system: You are a helpful assistant.
user:
Analyze the provided spectrum to determine if it is a **Carbon Star (C-type)**.

- **Key Visual Indicators of Carbon Star:**
    - **(Primary):** Strong molecular absorption from **C₂ (diatomic carbon) "Swan Bands."** This is the **defining feature** of a carbon star.
        - **(Key Bandheads):** Sharp absorption edges are visible at approximately $5635$ Å, $5165$ Å (the strongest band), and $4737$ Å.
        - **(Line Profile):** Creates a distinct **"saw-tooth"** pattern. The key morphology is a sharp, steep bandhead on the **red (long-wavelength) side**, which then gradually tapers off (i.e., flux recovers) towards the **blue (short-wavelength) side**. *(This is the direct opposite of the TiO bands seen in M-type stars)*.

    - **(Secondary):** Intense **CN (cyanogen)** molecular absorption bands.
        - **(Key Bandheads):** Located in the blue and violet regions of the spectrum (e.g., near $4215$ Å and $3883$ Å).
        - **(Morphology):** These bands are extremely broad and act as a "blanket," absorbing the vast majority of blue and violet light. This creates a characteristic **"cliff"** or **"steep drop-off"** in the spectrum's flux at short wavelengths.

    - **(Key Confirmation):** Strong **CH absorption band (G-band)**.
        - **(Key Bandhead):** Located around $4300$ Å. The contribution from CH molecules to this band is exceptionally strong.

    - **(Overall Spectrum):**
        - The continuum is severely "chopped up" by these deep molecular bands, especially C₂, rather than appearing as a smooth curve.
        - Due to the heavy CN and C₂ absorption in the blue-green, the vast majority of the star's flux is concentrated in the red part of the spectrum, giving the star its characteristic deep red color.

Think first, call **spectral_visualization_tool** if needed to examine features in detail, then provide your final answer. Your response must adhere to the following strict rules:
1.  **Overall Structure:** Your response must follow the format `<think>...</think> <tool_call>...</tool_call> (if a tool is used) <answer>...</answer>`.
2.  **Tool Usage Constraint:** You may only make **one** tool call per turn.
3.  **Final Answer Format:** In the `<answer>` tag, your conclusion must be inside a `\boxed{}` command (e.g., `\boxed{YES}`), followed by your justification.

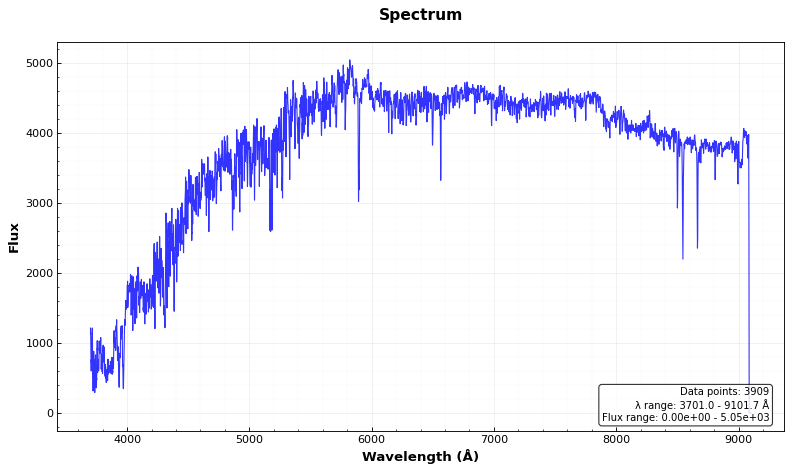
Answer: NO